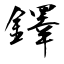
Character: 鐸